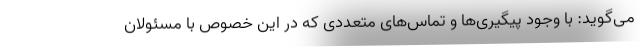
می‌گوید: با وجود پیگیری‌ها و تماس‌های متعددی که در این خصوص با مسئولان